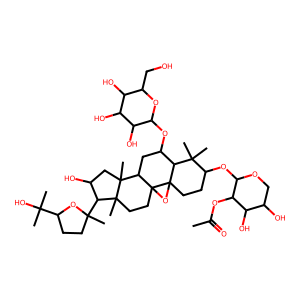
SMILES: CC(=O)OC1C(OC2CCC34OC35CCC3(C)C(C6(C)CCC(C(C)(C)O)O6)C(O)CC3(C)C5CC(OC3OC(CO)C(O)C(O)C3O)C4C2(C)C)OCC(O)C1O
Inhibits HIV replication: Yes